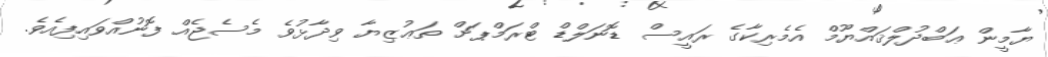
ޔާމީން ޢަބްދުލްޤައްޔޫމް އެމެރިކާގެ ރައީސް ޑޮނަލްޑް ޓްރަމްޕަށް ތަޢުޒިޔާ ވިދާޅުވެ މެސެޖެއް ފޮނުއްވައިފިއެވެ.